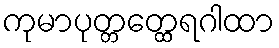
ကုမာပုတ္တတ္ထေရဂါထာ